Vaccination in Bombay 1863-1868 - 1863-1868
Year: 1863
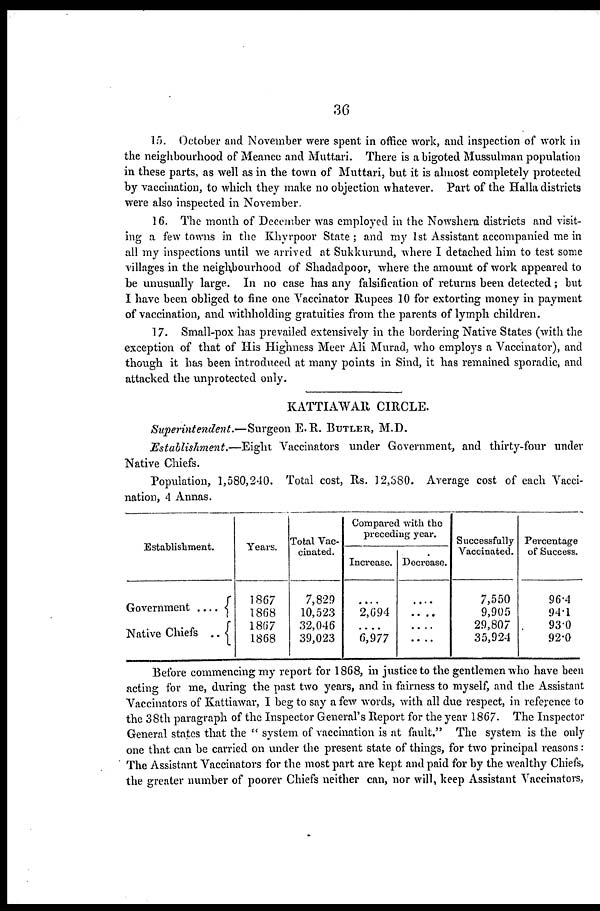
36
15. October and November were spent in office work, and inspection of work in
the neighbourhood of Meanee and Muttari. There is a bigoted Mussulman population
in these parts, as well as in the town of Muttari, but it is almost completely protected
by vaccination, to which they make no objection whatever. Part of the Halla districts
were also inspected in November.
16. The month of December was employed in the Nowshera districts and visit-
ing a few towns in the Khyrpoor State ; and my 1st Assistant accompanied me in
all my inspections until we arrived at Sukkurund, where I detached him to test some
villages in the neighbourhood of Shadadpoor, where the amount of work appeared to
be unusually large. In no case has any falsification of returns been detected; but
I have been obliged to fine one Vaccinator Rupees 10 for extorting money in payment
of vaccination, and withholding gratuities from the parents of lymph children.
17. Small-pox has prevailed extensively in the bordering Native States (with the
exception of that of His Highness Meer Ali Murad, who employs a Vaccinator), and
though it has been introduced at many points in Sind, it has remained sporadic, and
attacked the unprotected only.
KATTIAWAR CIRCLE.
Superintendent.—Surgeon
E. R. BUTLER, M.D.
Establishment.—Eight
Vaccinators under Government, and thirty-four under
Native Chiefs.
Population, 1,580,240. Total cost, Rs. 12,380. Average cost of each Vacci-
nation, 4 Annas.
Establishment.
Government ....
Native Chiefs ..
Years.
1867
1868
1867
1868
Total Vac-
cinated.
7,829
10,523
32,046
39,023
Compared with the
preceding year.
Increase.
....
2,694
....
6,977
Decrease.
....
....
....
....
Successfully
Vaccinated.
7,550
9,905
29,807
35,924
Percentage
of Success.
96.4
94.1
93.0
92.0
Before commencing my report for 1868, in justice to the gentlemen who have been
acting for me, during the past two years, and in fairness to myself, and the Assistant
Vaccinators of Kattiawar, I beg to say a few words, with all due respect, in reference to
the 38th paragraph of the Inspector General's Report for the year 1867. The Inspector
General states that the " system of vaccination is at fault." The system is the only
one that can be carried on under the present state of things, for two principal reasons:
The Assistant Vaccinators for the most part are kept and paid for by the wealthy Chiefs,
the greater number of poorer Chiefs neither can, nor will, keep Assistant Vaccinators,